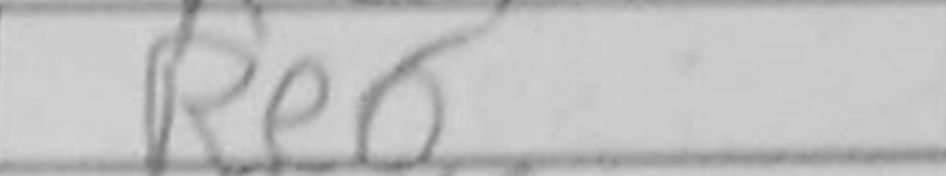
Transcription: Re6